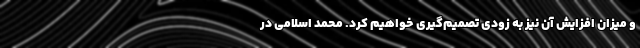
و میزان افزایش آن نیز به زودی تصمیم‌گیری خواهیم کرد. محمد اسلامی در